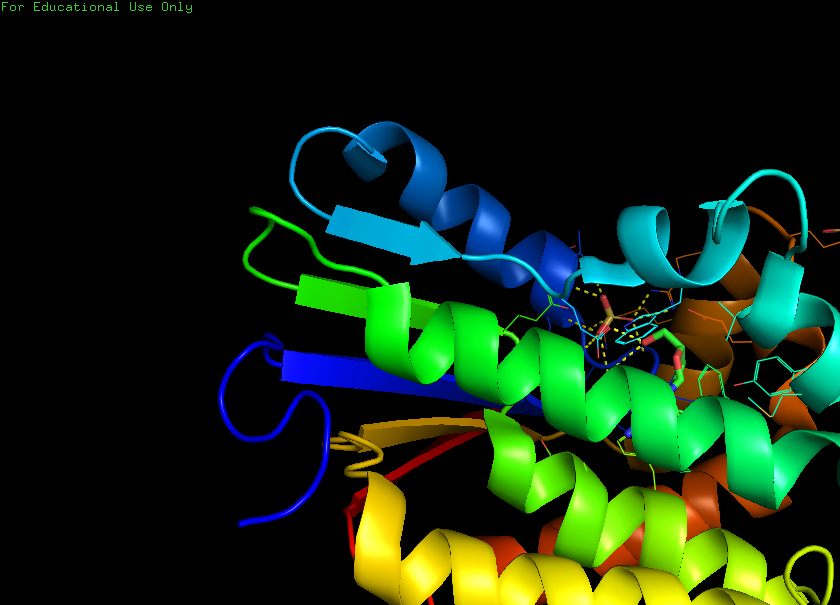
pymol, preset, ligand_cartoon